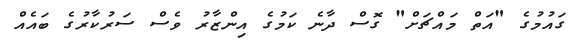
ގައުމުގެ "އަތް މައްޗަށް" ގޮސް ދާނެ ކަމުގެ އިންޒާރު ވެސް ސަރުކާރުގެ ބައެއް